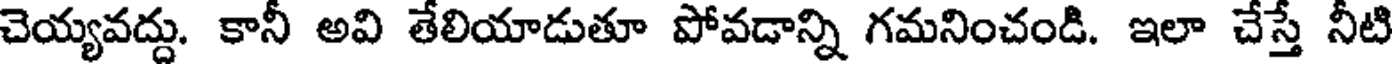
చెయ్యవద్దు. కానీ అవి తేలియాడుతూ పోవడాన్ని గమనించండి. ఇలా చేస్తే నీటి